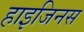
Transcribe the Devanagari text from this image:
हाइजिनस